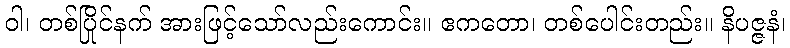
ဝါ၊ တစ်ပြိုင်နက် အားဖြင့်သော်လည်းကောင်း။ ဧကတော၊ တစ်ပေါင်းတည်း။ နိပဇ္ဇနံ၊